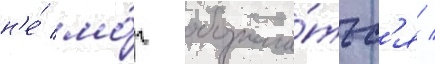
н'е́ мо́г обознача́тьс'я /